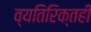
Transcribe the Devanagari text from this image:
व्यतिरिक्तही